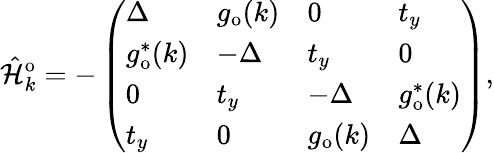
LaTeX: \hat{\mathcal{H}}_{k}^{\mathrm{o}}=-\left(\begin{array}{llll}{\Delta}&{g_{\mathrm{o}}(k)}&{0}&{t_{y}}\\ {g_{\mathrm{o}}^{*}(k)}&{-\Delta}&{t_{y}}&{0}\\ {0}&{t_{y}}&{-\Delta}&{g_{\mathrm{o}}^{*}(k)}\\ {t_{y}}&{0}&{g_{\mathrm{o}}(k)}&{\Delta}\end{array}\right)\mathrm{,}